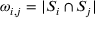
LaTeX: \omega _ { i , j } = | S _ { i } \cap S _ { j } |